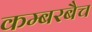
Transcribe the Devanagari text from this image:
कम्बरबैच